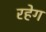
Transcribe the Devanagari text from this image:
रहेग